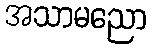
အသာမညော